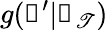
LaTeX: g(\boldsymbol\uprho^{\prime}|\boldsymbol\uprho_{\mathscr{T}})